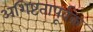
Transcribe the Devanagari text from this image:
अशिष्टतापूर्वक